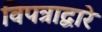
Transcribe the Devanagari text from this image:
विपत्राद्वारे